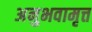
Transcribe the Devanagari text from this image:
अनुभवामृत्त